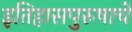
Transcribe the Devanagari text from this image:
इतिहासपुरुषाचे